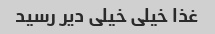
غذا خیلی خیلی دیر رسید